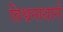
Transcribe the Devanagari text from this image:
विश्वनाथाने